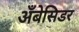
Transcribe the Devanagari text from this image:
अँबेसिडर